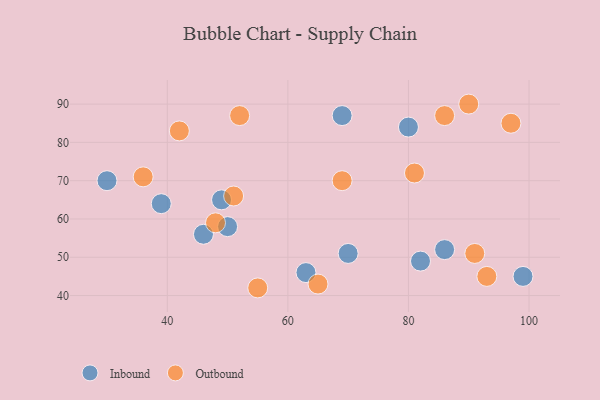
{"axis": {"x": "GDP", "y": "Life Expectancy"}, "legend": ["Inbound", "Outbound"], "data": [{"x": "99", "y": 45, "type": "Inbound"}, {"x": "82", "y": 49, "type": "Inbound"}, {"x": "46", "y": 56, "type": "Inbound"}, {"x": "63", "y": 46, "type": "Inbound"}, {"x": "80", "y": 84, "type": "Inbound"}, {"x": "69", "y": 87, "type": "Inbound"}, {"x": "39", "y": 64, "type": "Inbound"}, {"x": "30", "y": 70, "type": "Inbound"}, {"x": "50", "y": 58, "type": "Inbound"}, {"x": "49", "y": 65, "type": "Inbound"}, {"x": "70", "y": 51, "type": "Inbound"}, {"x": "86", "y": 52, "type": "Inbound"}, {"x": "42", "y": 83, "type": "Outbound"}, {"x": "81", "y": 72, "type": "Outbound"}, {"x": "52", "y": 87, "type": "Outbound"}, {"x": "55", "y": 42, "type": "Outbound"}, {"x": "90", "y": 90, "type": "Outbound"}, {"x": "93", "y": 45, "type": "Outbound"}, {"x": "36", "y": 71, "type": "Outbound"}, {"x": "97", "y": 85, "type": "Outbound"}, {"x": "48", "y": 59, "type": "Outbound"}, {"x": "69", "y": 70, "type": "Outbound"}, {"x": "86", "y": 87, "type": "Outbound"}, {"x": "51", "y": 66, "type": "Outbound"}, {"x": "91", "y": 51, "type": "Outbound"}, {"x": "65", "y": 43, "type": "Outbound"}]}